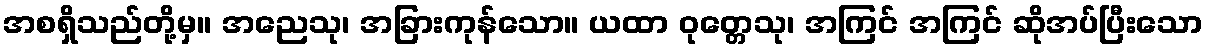
အစရှိသည်တို့မှ။ အညေသု၊ အခြားကုန်သော။ ယထာ ဝုတ္တေသု၊ အကြင် အကြင် ဆိုအပ်ပြီးသော